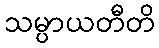
သမ္ပာယတီတိ